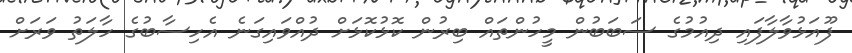
ފޫއަޅުވާލާފައި ދިއުމުގެ ސަބަބުން މީހުންތައް ބިރުން ކޮޅުކޮޅަށް ދުއްވައިގަނެ އެހިސާބުގެ ހާލަތު ވަރަށް